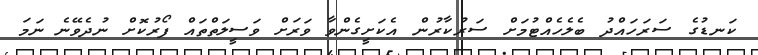
ކަނޑުގެ ސަރަހައްދު ބެލެހެއްޓުމަށް ސަރުކާރުން އެކަށީގެންވާ ވަރަށް ވަސީލަތްތައް ފޯރުކޮށް ނުދެވޭނެ ނަމަ